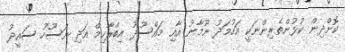
ކޮށްދިން ކުޅުންތެރިންނަކީ އަހުމަދު ނޫމާނު އާއި މައްސޫދު އިބްރާހިމް އަދި ނަސޫހު ސައީދު